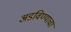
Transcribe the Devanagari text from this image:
अडविण्याचा